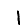
Digit: 1